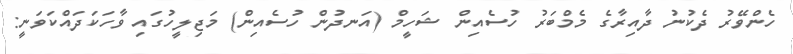
ހެންވޭރު ދެކުނު ދާއިރާގެ މެމްބަރު ހުސެއިން ޝަހީމް (އަނދުން ހުސެއިން) މަޖިލީހުގައި ވާހަކަދައްކަވަނީ: